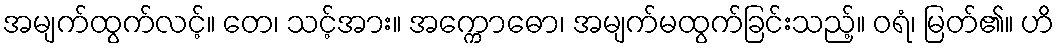
အမျက်ထွက်လင့်။ တေ၊ သင့်အား။ အက္ကောဓော၊ အမျက်မထွက်ခြင်းသည့်။ ဝရံ၊ မြတ်၏။ ဟိ